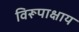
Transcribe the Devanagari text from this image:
विरूपाक्षाय